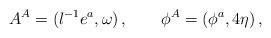
LaTeX: \begin{align*}A^A = (l^{-1} e^a, \omega)\,, \qquad \phi^A = (\phi^a, 4\eta)\,, \end{align*}